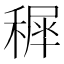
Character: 𥡖